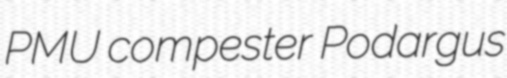
PMU compester Podargus